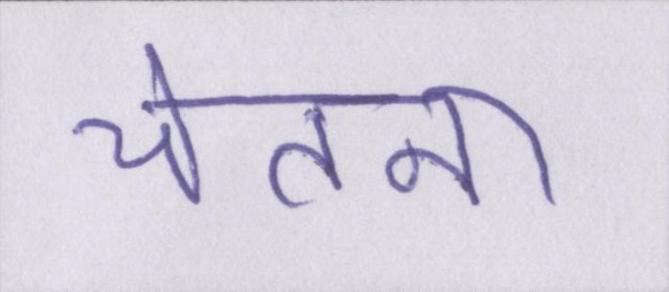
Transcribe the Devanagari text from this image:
चेतना